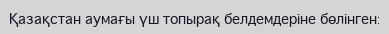
Қазақстан аумағы үш топырақ белдемдеріне бөлінген: